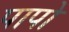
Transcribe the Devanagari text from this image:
पापो